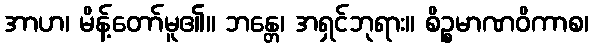
အာဟ၊ မိန့်တော်မူ၏။ ဘန္တေ၊ အရှင်ဘုရား။ စိဉ္စမာဏဝိကာစ၊